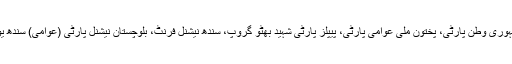
ان میں بلوچستان نیشنل کانگریس، بلوچستان نیشنل ڈیموکریٹک پارٹی، بلوچستان نیشنل پارٹی، جمہوری وطن پارٹی، پختون ملی عوامی پارٹی، پیپلز پارٹی شہید بھٹو گروپ، سندھ نیشنل فرنٹ، بلوچستان نیشنل پارٹی (عوامی) سندھ یونائٹیڈ پارٹی، سندھ ترقی پسند پارٹی، عوامی تحریک ، سندھ دوست اتحاد اور عوامی اتحاد پارٹی۔